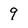
Character: 9